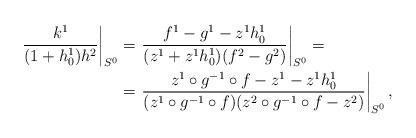
LaTeX: \begin{align*}\left.\frac{k^1}{(1+h^1_0)h^2}\right|_{S^0} & =\left.\frac{f^1-g^1-z^1h^1_0}{(z^1+z^1h^1_0)(f^2-g^2)}\right|_{S^0}=\\ & = \left.\frac{z^1\circ g^{-1}\circ f-z^1-z^1h^1_0}{(z^1\circ g^{-1}\circ f)(z^2\circ g^{-1}\circ f-z^2)}\right|_{S^0},\end{align*}